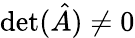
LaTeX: \operatorname*{det}({\hat{A}})\neq 0